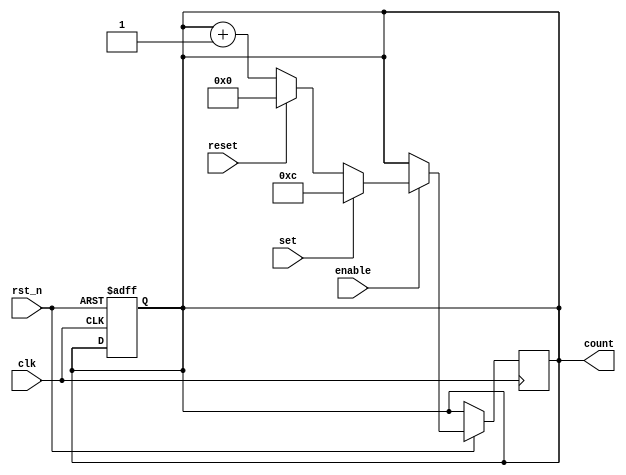
module BinaryCounter (
    input clk,
    input rst_n,
    input enable,
    input set,
    input reset,
    output reg [7:0] count
);

reg [7:0] next_count;

always @(posedge clk or negedge rst_n) begin
    if (~rst_n) begin
        count <= 8'd0;
    end else begin
        if (enable) begin
            if (set) begin
                next_count <= 8'd12; // Example value to set count to
            end else if (reset) begin
                next_count <= 8'd0;
            end else begin
                next_count <= count + 8'd1;
            end
        end
    end
end

always @(*) begin
    count <= next_count;
end

endmodule